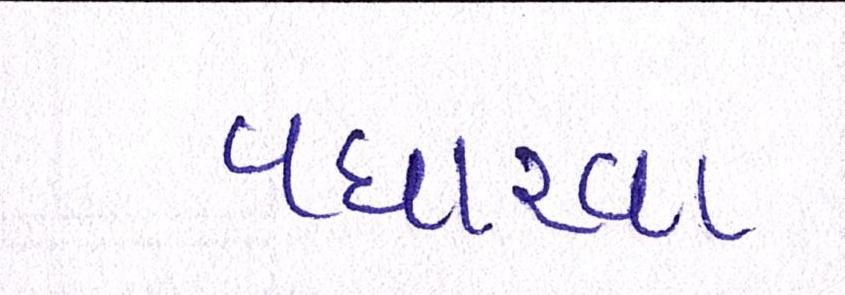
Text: વધારવા